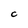
Character: C